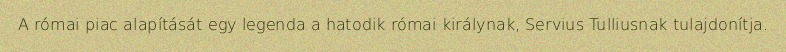
A római piac alapítását egy legenda a hatodik római királynak, Servius Tulliusnak tulajdonítja.